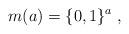
LaTeX: \begin{align*}m(a)=\{0,1\}^a\;,\end{align*}